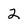
Character: 2